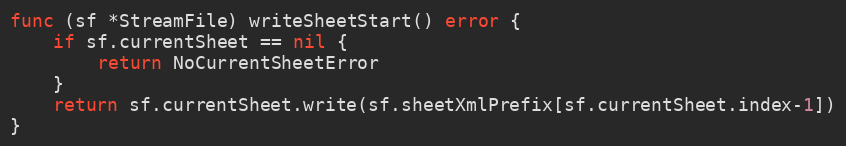
Language: Go
func (sf *StreamFile) writeSheetStart() error {
	if sf.currentSheet == nil {
		return NoCurrentSheetError
	}
	return sf.currentSheet.write(sf.sheetXmlPrefix[sf.currentSheet.index-1])
}